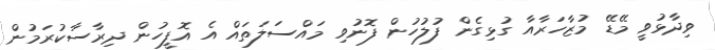
ވިދާޅުވީ މޭޑޭ މުޒާހަރާއާ ގުޅިގެން ފުލުހުން ފޮނުވި މައްސަލަތައް އެ އޮފީހުން ދިރާސާކުރަމުން